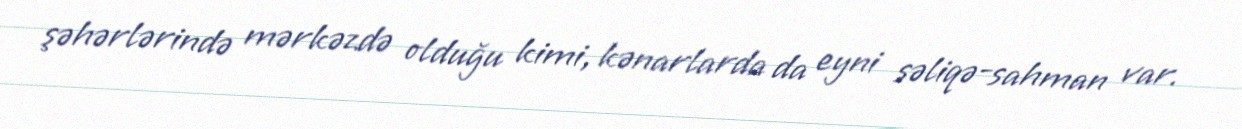
şəhərlərində mərkəzdə olduğu kimi, kənarlarda da eyni səliqə-sahman var.